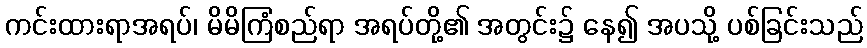
ကင်းထားရာအရပ်၊ မိမိကြံစည်ရာ အရပ်တို့၏ အတွင်း၌ နေ၍ အပသို့ ပစ်ခြင်းသည်